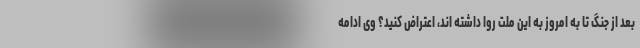
بعد از جنگ تا به امروز به این ملت روا داشته اند، اعتراض کنید؟ وی ادامه